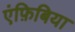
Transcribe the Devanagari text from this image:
एंफ़िबिया